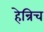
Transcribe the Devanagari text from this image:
हेन्रिच